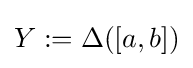
Y:=\Delta ([a,b])